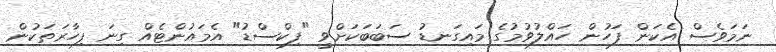
ނަމަވެސް އެކަން ފަހުން ހައްލުވުމުގެ މައިގަނޑު ސަބަބަކަށްވީ "ފިކްސްޑު" އެމައުންޓެއް ގިނަ ފިހާރަތަކުން